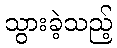
သွားခဲ့သည့်